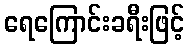
ရေကြောင်းခရီးဖြင့်